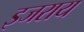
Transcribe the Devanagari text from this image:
इजराय